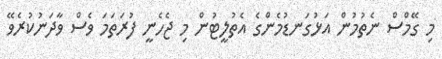
މި ގޭމްސް ނެތުމުން އަޅުގަނޑުމެންގެ އެތުލީޓުން މި ޖެހެނީ ފުރަތަމަ ވެސް ވާދަނުކުރެވޭ